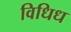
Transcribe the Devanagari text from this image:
विधिध